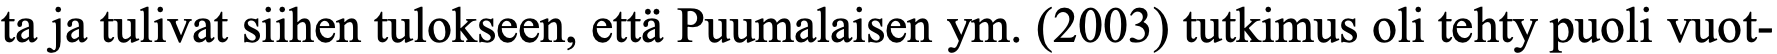
ta ja tulivat siihen tulokseen, että Puumalaisen ym. (2003) tutkimus oli tehty puoli vuot-